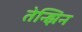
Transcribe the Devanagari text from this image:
तेन्झिन